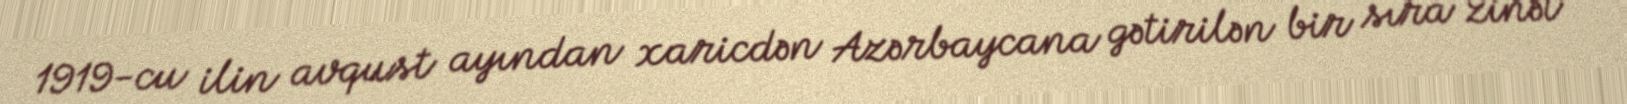
1919-cu ilin avqust ayından xaricdən Azərbaycana gətirilən bir sıra zinət